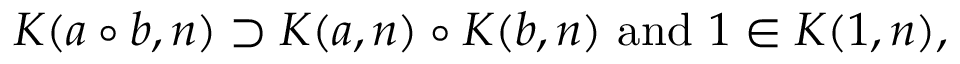
K ( a \circ b , n ) \supset K ( a , n ) \circ K ( b , n ) { \mathrm { ~ a n d ~ } } 1 \in K ( 1 , n ) ,